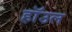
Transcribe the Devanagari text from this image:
हाॅउल